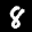
Digit: 8